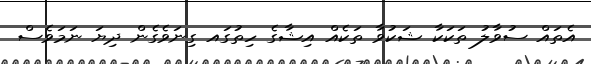
އެތައް ސުވާލު ތަކަކާ ޝަކުވާ ތަކެއް އިޝާގެ ހިތުގައ ގިނަވެގެން ދިޔަ ނަމަވެސް